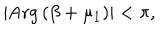
LaTeX: \left| \mathrm { A r g } \left( \beta + \mu _ { 1 } \right) \right| < \pi ,